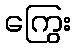
ကြွေး